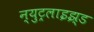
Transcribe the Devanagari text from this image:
न्युट्रलाइझ्ड